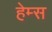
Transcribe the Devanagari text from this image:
हेम्‍स